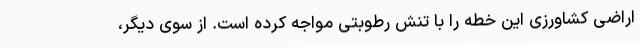
اراضی کشاورزی این خطه را با تنش رطوبتی مواجه کرده است. از سوی دیگر،